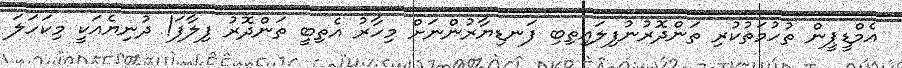
އެމްޑީޕީން ތުހުމަތުކުރި ތަންދޮރުނުފިލައިތިބި ފަނޑިޔާރުންނަށް މިހާރު އެތިބީ ތަންދޮރު ފިލާފަ! ދުނިޔެއަކީ މިކަހަލަ